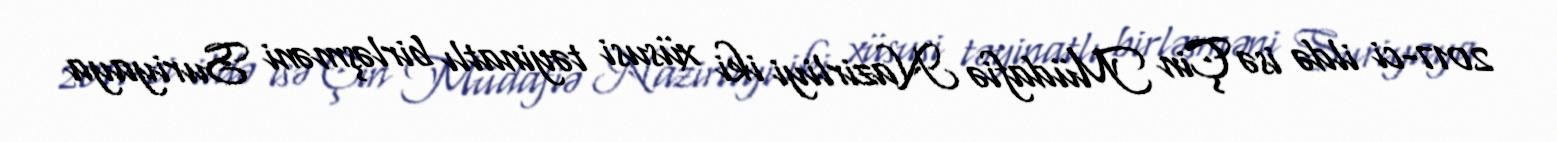
2017-ci ildə isə Çin Müdafiə Nazirliyi iki xüsusi təyinatlı birləşməni Suriyaya